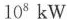
10^{ 8 }kW